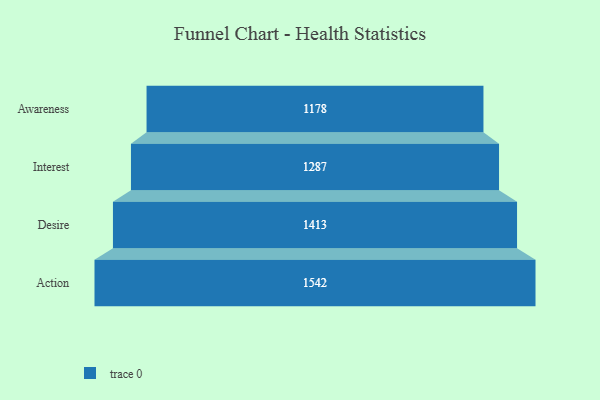
{"axis": {"x": "Stage", "y": "Value"}, "legend": [""], "data": [{"x": "Awareness", "y": 1178.0, "type": ""}, {"x": "Interest", "y": 1287.0, "type": ""}, {"x": "Desire", "y": 1413.0, "type": ""}, {"x": "Action", "y": 1542.0, "type": ""}]}